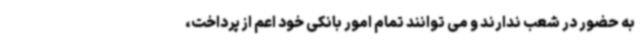
به حضور در شعب ندارند و می توانند تمام امور بانکی خود اعم از پرداخت،